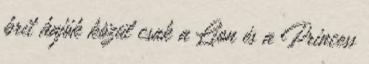
brit hajók közül csak a Lion és a Princess